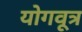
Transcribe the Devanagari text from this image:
योगवूत्र